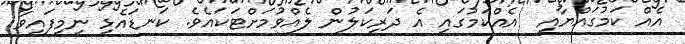
އެއް ކަމުގައްޔާއި  އެއްކަމުގައި އެ ދަރިކަލުން ލެއްވުމަށްޓަކައެވެ. ކަނޑައެޅި ނިމިފައިވާ